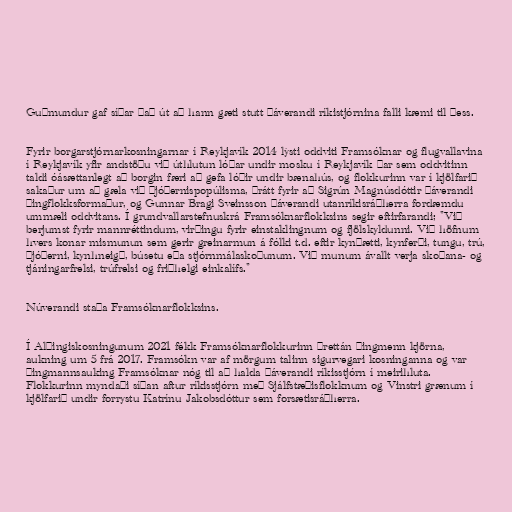
Guðmundur gaf síðar það út að hann gæti stutt þáverandi ríkistjórnina falli kæmi til þess.

Fyrir borgarstjórnarkosningarnar í Reykjavík 2014 lýsti oddviti Framsóknar og flugvallavina
í Reykjavík yfir andstöðu við úthlutun lóðar undir mosku í Reykjavík þar sem oddvitinn
taldi óásættanlegt að borgin færi að gefa lóðir undir bænahús, og flokkurinn var í kjölfarið
sakaður um að gæla við þjóðernispopúlisma, þrátt fyrir að Sigrún Magnúsdóttir þáverandi
þingflokksformaður, og Gunnar Bragi Sveinsson þáverandi utanríkisráðherra fordæmdu
ummæli oddvitans. Í grundvallarstefnuskrá Framsóknarflokksins segir eftirfarandi; "Við
berjumst fyrir mannréttindum, virðingu fyrir einstaklingnum og fjölskyldunni. Við höfnum
hvers konar mismunun sem gerir greinarmun á fólki t.d. eftir kynþætti, kynferði, tungu, trú,
þjóðerni, kynhneigð, búsetu eða stjórnmálaskoðunum. Við munum ávallt verja skoðana- og
tjáningarfrelsi, trúfrelsi og friðhelgi einkalífs."

Núverandi staða Framsóknarflokksins.

Í Alþingiskosningunum 2021 fékk Framsóknarflokkurinn þrettán þingmenn kjörna,
aukning um 5 frá 2017. Framsókn var af mörgum talinn sigurvegari kosninganna og var
þingmannsauking Framsóknar nóg til að halda þáverandi ríkisstjórn í meirihluta.
Flokkurinn myndaði síðan aftur ríkisstjórn með Sjálfstæðisflokknum og Vinstri grænum í
kjölfarið undir forrystu Katrínu Jakobsdóttur sem forsætisráðherra.